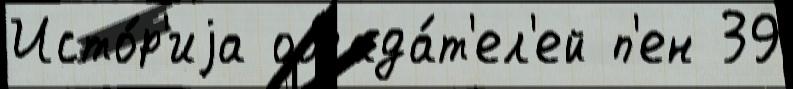
Исто́р'иjа облада́т'ел'ей п'ен 39